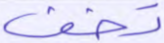
تخف